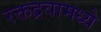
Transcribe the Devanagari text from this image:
रक्तद्रवामध्ये